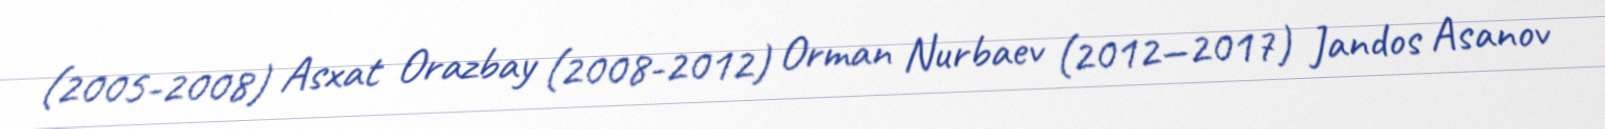
(2005-2008) Asxat Orazbay (2008-2012) Orman Nurbaev (2012—2017) Jandos Asanov